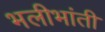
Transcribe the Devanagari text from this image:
भलीभांती